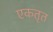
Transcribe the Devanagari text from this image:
एकतृत